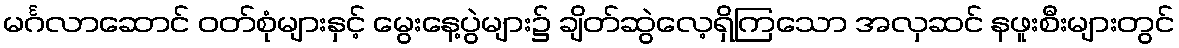
မင်္ဂလာဆောင် ဝတ်စုံများနှင့် မွေးနေ့ပွဲများ၌ ချိတ်ဆွဲလေ့ရှိကြသော အလှဆင် နဖူးစီးများတွင်